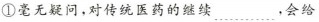
①毫无疑问，对传统医药的继续 ﹍﹍，会给